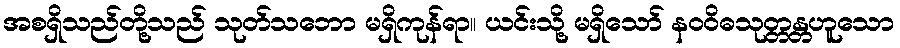
အစရှိသည်တို့သည် သုတ်သဘော မရှိကုန်ရာ။ ယင်းသို့ မရှိသော် နဝဝိဓသုတ္တန္တဟူသော